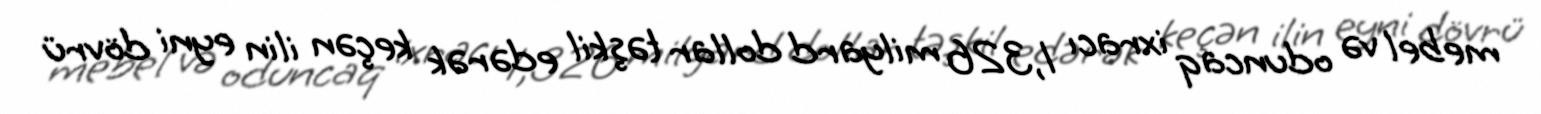
mebel və oduncaq ixracı 1,326 milyard dollar təşkil edərək keçən ilin eyni dövrü